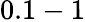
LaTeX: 0.1-1